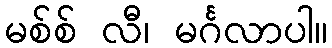
မစ်စ် လီ၊ မင်္ဂလာပါ။